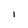
Character: I